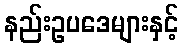
နည်းဥပဒေများနှင့်